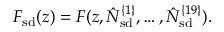
F _ { \mathrm { s d } } ( z ) = F ( z , \hat { N } _ { \mathrm { s d } } ^ { \{ 1 \} } , \ldots , \hat { N } _ { \mathrm { s d } } ^ { \{ 1 9 \} } ) .